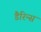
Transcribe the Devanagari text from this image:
डैरिन्स